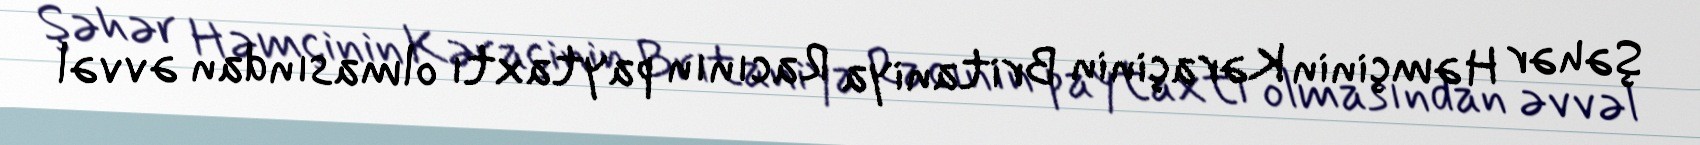
Şəhər Həmçinin Kəraçinin Britaniya Racının paytaxtı olmasından əvvəl